Lunatic asylums Punjab 1868-1880 - 1868-1880
Year: 1868
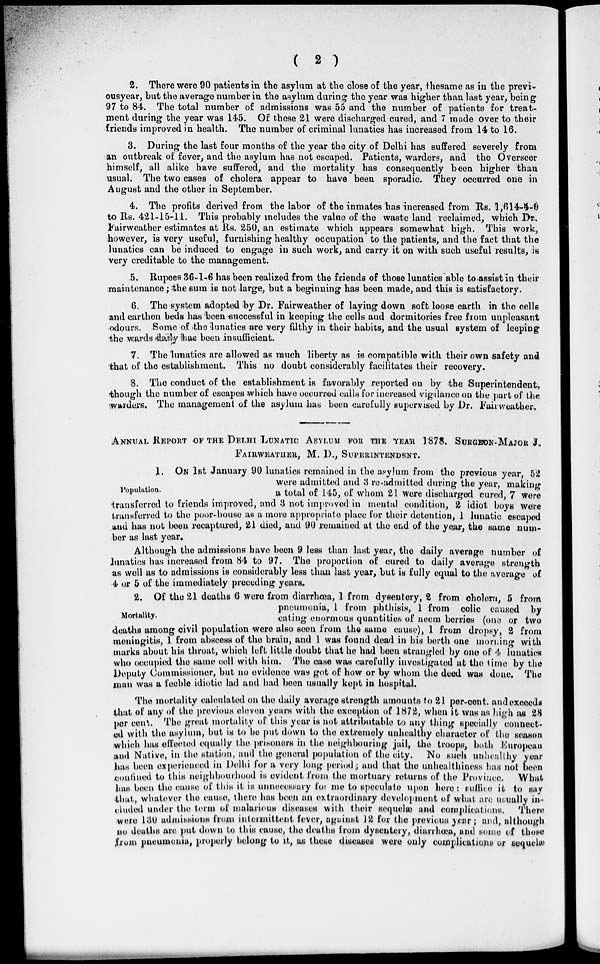
( 2 )
2. There were 90 patients in the asylum at the close of the year, thesame as in the previ-
ousyear, but the average number in the asylum during the year was higher than last year, being
97 to 84. The total number of admissions was 55 and the number of patients for treat-
ment during the year was 145. Of these 21 were discharged cured, and 7 made over to their
friends improved in health. The number of criminal lunatics has increased from 14 to 16.
3. During the last four months of the year the city of Delhi has suffered severely from
an outbreak of fever, and the asylum has not escaped. Patients, warders, and the Overseer
himself, all alike have suffered, and the mortality has consequently been higher than
usual. The two cases of cholera appear to have been sporadic. They occurred one in
August and the other in September.
4. The profits derived from the labor of the inmates has increased from Rs. 1,614-4-0
to Rs. 421-15-11. This probably includes the value of the waste land reclaimed, which Dr..
Fairweather estimates at Rs. 250, an estimate which appears somewhat high. This work,
however, is very useful, furnishing healthy occupation to the patients, and the fact that the
lunatics can be induced to engage in such work, and carry it on with such useful results, is
very creditable to the management.
5. Rupees 36-1-6 has been realized from the friends of those lunatics able to assist in their
maintenance; the sum is not large, but a beginning has been made, and this is satisfactory.
6. The system adopted by Dr. Fairweather of laying down soft loose earth in the cells
and earthen beds has been successful in keeping the cells and dormitories free from unpleasant
odours. Some of the lunatics are very filthy in their habits, and the usual system of leeping
the wards daily has been insufficient.
7. The lunatics are allowed as much liberty as is compatible with their own safety and
that of the establishment. This no doubt considerably facilitates their recovery.
8. The conduct of the establishment is favorably reported on by the Superintendent,
though the number of escapes which have occurred calls for increased vigilance on the part of the
warders. The management of the asylum has been carefully supervised by Dr. Fairweather.
ANNUAL REPORT OF THE DELHI LUNATIC ASYLUM FOR THE YEAR 1878. SURGEON-MAJOR J.
FAIRWEATHER, M. D., SUPERINTENDENT.
Population.
1. ON 1st January 90 lunatics remained in the asylum from the previous year, 52
were admitted and 3 re-admitted during the year, making
a total of 145, of whom 21 were discharged cured, 7 were
transferred to friends improved, and 3 not improved in mental condition, 2 idiot boys were
transferred to the poor-house as a more appropriate place for their detention, 1 lunatic escaped
and has not been recaptured, 21 died, and 90 remained at the end of the year, the same num-
ber as last year.
Although the admissions have been 9 less than last year, the daily average number of
lunatics has increased from 84 to 97. The proportion of cured to daily average strength
as well as to admissions is considerably less than last year, but is fully equal to the average of
4 or 5 of the immediately preceding years.
Mortality.
2. Of the 21 deaths 6 were from diarrhœa, 1 from dysentery, 2 from cholera, 5 from
pneumonia, 1 from phthisis, 1 from colic caused by
eating enormous quantities of neem berries (one or two
deaths among civil population were also seen from the same cause), 1 from dropsy, 2 from
meningitis, 1 from abscess of the brain, and 1 was found dead in his berth one morning with
marks about his throat, which left little doubt that he had been strangled by one of 4 lunatics
who occupied the same cell with him. The case was carefully investigated at the time by the
Deputy Commissioner, but no evidence was got of how or by whom the deed was done. The
man was a feeble idiotic lad and had been usually kept in hospital.
The mortality calculated on the daily average strength amounts to 21 per-cent. and exceeds
that of any of the previous eleven years with the exception of 1872, when it was as high as 28
per cent. The great mortality of this year is not attributable to any thing specially connect-
ed with the asylum, but is to be put down to the extremely unhealthy character of the season
which has effected equally the prisoners in the neighbouring jail, the troops, both European
and Native, in the station, and the general population of the city. No such unhealthy year
has been experienced in Delhi for a very long period; and that the unhealthiness has not been
confined to this neighbourhood is evident from the mortuary returns of the Province. What
has been the cause of this it is unnecessary for me to speculate upon here: suffice it to say
that, whatever the cause, there has been an extraordinary development of what are usually in-
cluded under the term of malarious diseases with their sequelæ and complications. There
were 130 admissions from intermittent fever, against 12 for the previous year ; and, although
no deaths are put down to this cause, the deaths from dysentery, diarrhœa, and some of those
from pneumonia, properly belong to it, as these diseases were only complications or sequelæ